Report of the Indian Hemp Drugs Commission, 1894-1895 - Volume I
Year: 1894
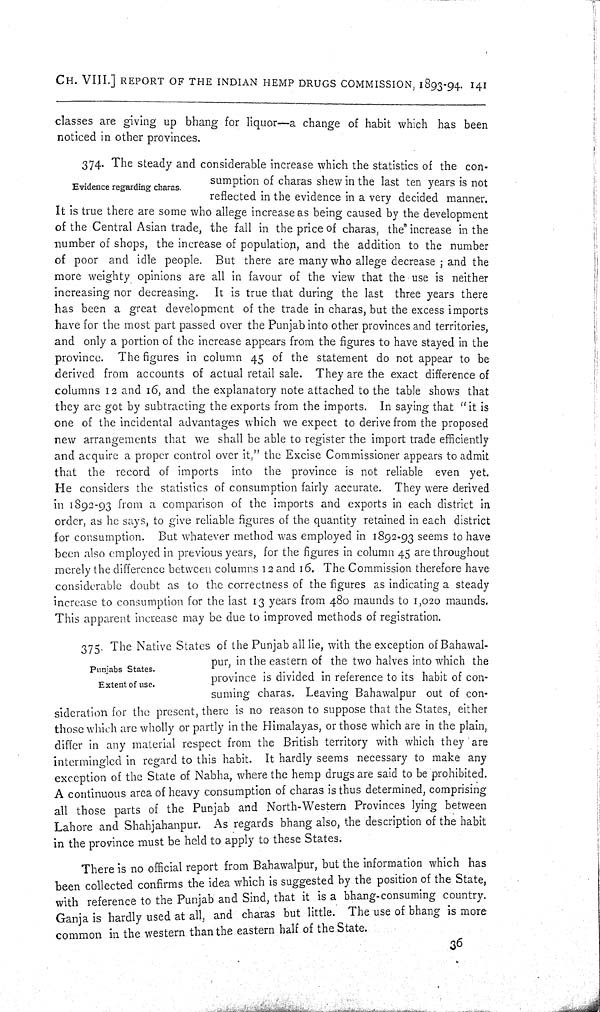
CH. VIII.] REPORT OF THE INDIAN HEMP DRUGS COMMISSION, 1893-94. 141
classes are giving up bhang for liquor—a change of habit which has been
noticed in other provinces.
Evidence regarding charas.
374. The steady and considerable increase which the statistics of the con-
sumption of charas shew in the last ten years is not
reflected in the evidence in a very decided manner.
It is true there are some who allege increase as being caused by the development
of the Central Asian trade, the fall in the price of charas, the increase in the
number of shops, the increase of population, and the addition to the number
of poor and idle people. But there are many who allege decrease; and the
more weighty opinions are all in favour of the view that the use is neither
increasing nor decreasing. It is true that during the last three years there
has been a great development of the trade in charas, but the excess imports
have for the most part passed over the Punjab into other provinces and territories,
and only a portion of the increase appears from the figures to have stayed in the
province. The figures in column 45 of the statement do not appear to be
derived from accounts of actual retail sale. They are the exact difference of
columns 12 and 16, and the explanatory note attached to the table shows that
they are got by subtracting the exports from the imports. In saying that "it is
one of the incidental advantages which we expect to derive from the proposed
new arrangements that we shall be able to register the import trade efficiently
and acquire a proper control over it," the Excise Commissioner appears to admit
that the record of imports into the province is not reliable even yet.
He considers the statistics of consumption fairly accurate. They were derived
in 1892-93 from a comparison of the imports and exports in each district in
order, as he says, to give reliable figures of the quantity retained in each district
for consumption. But whatever method was employed in 1892-93 seems to have
been also employed in previous years, for the figures in column 45 are throughout
merely the difference between columns 12 and 16. The Commission therefore have
considerable doubt as to the correctness of the figures as indicating a steady
increase to consumption for the last 13 years from 480 maunds to 1,020 maunds.
This apparent increase may be due to improved methods of registration.
Punjabs States.
Extent of use.
375. The Native States of the Punjab all lie, with the exception of Bahawal-
pur, in the eastern of the two halves into which the
province is divided in reference to its habit of con-
suming charas. Leaving Bahawalpur out of con-
sideration for the present, there is no reason to suppose that the States, either
those which are wholly or partly in the Himalayas, or those which are in the plain,
differ in any material respect from the British territory with which they are
intermingled in regard to this habit. It hardly seems necessary to make any
exception of the State of Nabha, where the hemp drugs are said to be prohibited.
A continuous area of heavy consumption of charas is thus determined, comprising
all those parts of the Punjab and North-Western Provinces lying between
Lahore and Shahjahanpur. As regards bhang also, the description of the habit
in the province must be held to apply to these States.
There is no official report from Bahawalpur, but the information which has
been collected confirms the idea which is suggested by the position of the State,
with reference to the Punjab and Sind, that it is a bhang-consuming country.
Ganja is hardly used at all, and charas but little. The use of bhang is more
common in the western than the eastern half of the State.
36